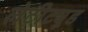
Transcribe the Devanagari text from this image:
लेटीट्यूड